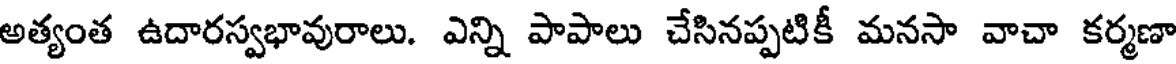
అత్యంత ఉదారస్వభావురాలు. ఎన్ని పాపాలు చేసినప్పటికీ మనసా వాచా కర్మణా